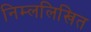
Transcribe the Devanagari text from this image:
निम्ललिखित